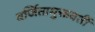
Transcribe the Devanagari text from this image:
वर्जितामुक्तवतीं